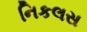
નિકલસ